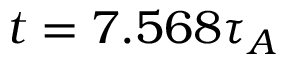
t = 7 . 5 6 8 \tau _ { A }